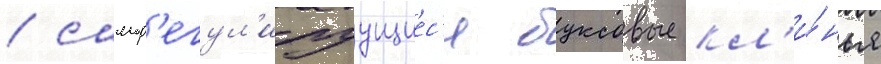
/ самор'егул'ируущиес'я буксовые кл'и́нья